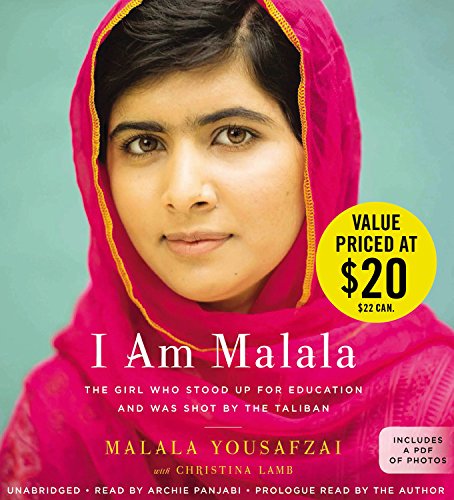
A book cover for I Am Malala: The Girl Who Stood Up for Education and Was Shot by the Taliban; Malala Yousafzai; Biographies & Memoirs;